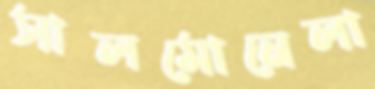
সালমোনেলা